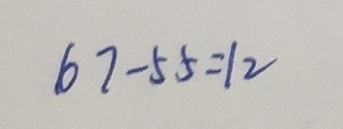
6 7 - 5 5 = 1 2